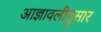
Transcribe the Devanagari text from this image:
आज्ञावलीनुसार